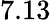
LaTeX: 7.13